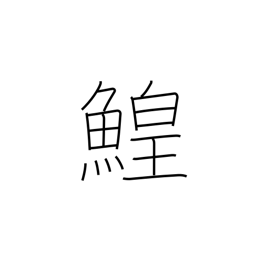
Meaning: sturgeon